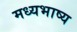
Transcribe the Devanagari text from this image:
मध्यभाष्य